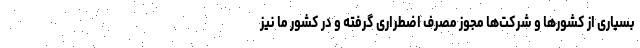
بسیاری از کشورها و شرکت‌ها مجوز مصرف اضطراری گرفته و در کشور ما نیز